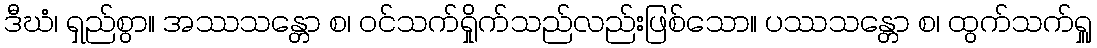
ဒီဃံ၊ ရှည်စွာ။ အဿသန္တော စ၊ ဝင်သက်ရှိုက်သည်လည်းဖြစ်သော။ ပဿသန္တော စ၊ ထွက်သက်ရှူ